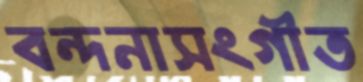
বন্দনাসংগীত